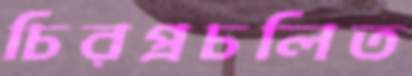
চিরপ্রচলিত